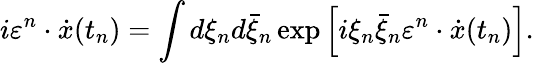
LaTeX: i\varepsilon^{n}\cdot\dot{x}(t_{n})=\int{d\xi_{n}}d\bar{\xi}_{n}\exp\left[{i\xi_{n}\bar{\xi}_{n}\varepsilon^{n}\cdot\dot{x}(t_{n})}\right].